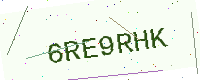
Text: 6RE9RHK